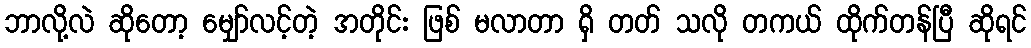
ဘာလို့လဲ ဆိုတော့ မျှော်လင့်တဲ့ အတိုင်း ဖြစ် မလာတာ ရှိ တတ် သလို တကယ် ထိုက်တန်ပြီ ဆိုရင်